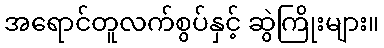
အရောင်တူလက်စွပ်နှင့် ဆွဲကြိုးများ။